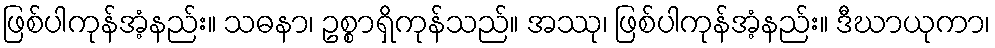
ဖြစ်ပါကုန်အံ့နည်း။ သဓနာ၊ ဥစ္စာရှိကုန်သည်။ အဿု၊ ဖြစ်ပါကုန်အံ့နည်း။ ဒီဃာယုကာ၊